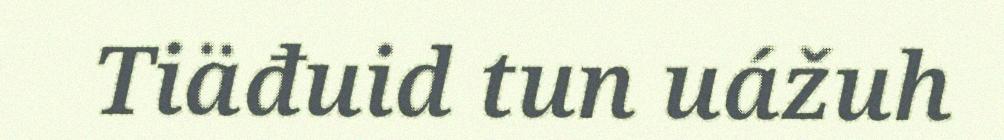
Tiäđuid tun uážuh